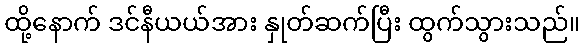
ထို့နောက် ဒင်နီယယ်အား နှုတ်ဆက်ပြီး ထွက်သွားသည်။